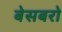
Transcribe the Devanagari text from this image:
बेसबरो